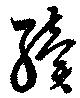
続